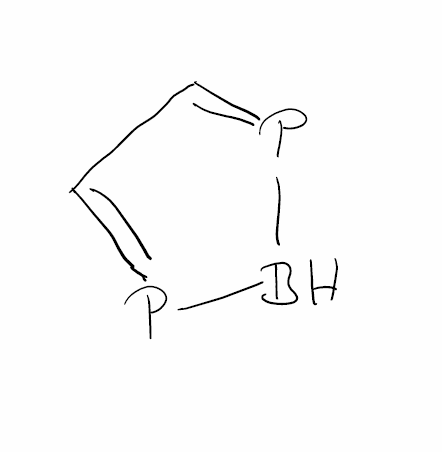
Simplified molecular-input line-entry system (SMILES) notation of the given molecule:
B1P=CC=P1